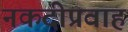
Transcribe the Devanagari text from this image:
नकदीप्रवाह